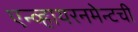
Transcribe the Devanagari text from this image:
एन्व्हायरनमेन्टची